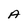
Character: A